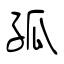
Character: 孤